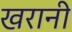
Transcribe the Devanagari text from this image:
खरानी